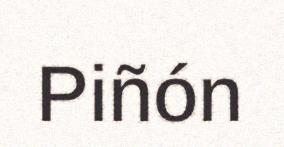
Piñón